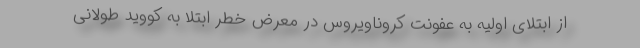
از ابتلای اولیه به عفونت کروناویروس در معرض خطر ابتلا به کووید طولانی